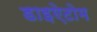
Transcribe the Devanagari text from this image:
डाइऐटोम